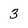
Character: 3